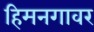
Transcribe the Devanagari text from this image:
हिमनगावर